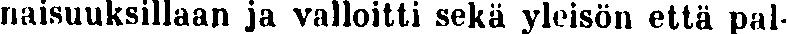
naisuuksillaan ja valloitti sekä yleisön että pal-